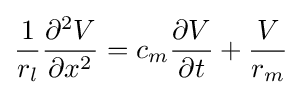
{\frac {1}{r_{l}}}{\frac {\partial ^{2}V}{\partial x^{2}}}=c_{m}{\frac {\partial V}{\partial t}}+{\frac {V}{r_{m}}}